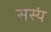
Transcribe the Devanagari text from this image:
सस्यं